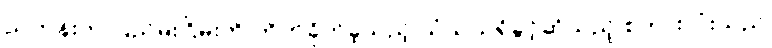
ညတုန်းက ပြည်မိုးငြိမ်းကို တိုက်ခိုက်ခဲ့သည့် သံသယရှိခွင့်ဆိုသည့် စကားလုံးသည်